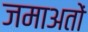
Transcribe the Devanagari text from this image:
जमाअतों